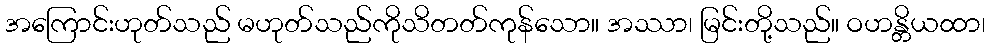
အကြောင်းဟုတ်သည် မဟုတ်သည်ကိုသိတတ်ကုန်သော။ အဿာ၊ မြင်းတို့သည်။ ဝဟန္တိယထာ၊